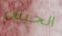
الحيتان